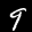
Label: 9